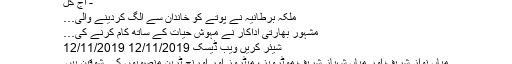
- آج کل
ملکہ برطانیہ نے پوتے کو خاندان سے الگ کردینے والی…
مشہور بھارتی اداکار نے مہوش حیات کے ساتھ کام کرنے کی…
شیئر کریں ویب ڈیسک 12/11/2019 12/11/2019
میاں نواز شریف اور میاں شہباز شریف موٹرویز، میٹروز اور اورنج ٹرین منصوبوں کے شوقین ہیں۔